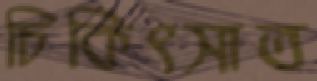
চিকিৎসাত